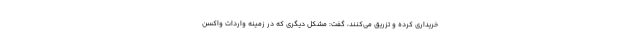
خریداری کرده و تزریق می‌کنند، گفت: مشکل دیگری که در زمینه واردات واکسن